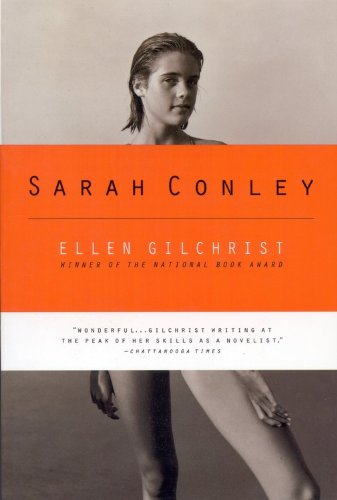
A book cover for Sarah Conley; Ellen Gilchrist; Literature & Fiction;